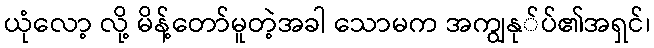
ယုံလော့ လို့ မိန့်တော်မူတဲ့အခါ သောမက အကျွနု်ပ်၏အရှင်၊